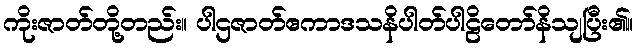
ကိုးဇာတ်တို့တည်း။ ပါဌဇာတ်ဧကာဒသနိပါတ်ပါဠိတော်နိသျပြီး၏။